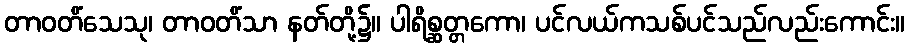
တာဝတိံသေသု၊ တာဝတိံသာ နတ်တို့၌။ ပါရိစ္ဆတ္တကော၊ ပင်လယ်ကသစ်ပင်သည်လည်းကောင်း။